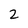
Character: 2